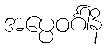
အပ္ပေဝင်္ဂါနိ